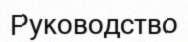
Руководство